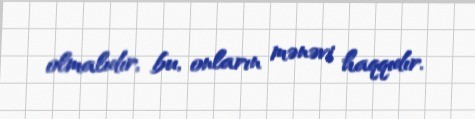
olmalıdır, bu, onların mənəvi haqqıdır.